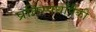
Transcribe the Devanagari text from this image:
प्रतिस्पर्धांपैकी